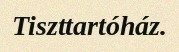
Tiszttartóház.